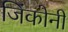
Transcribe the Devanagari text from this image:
जिंकोनी